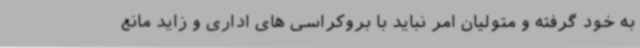
به خود گرفته و متولیان امر نباید با بروکراسی های اداری و زاید مانع